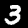
Label: 3